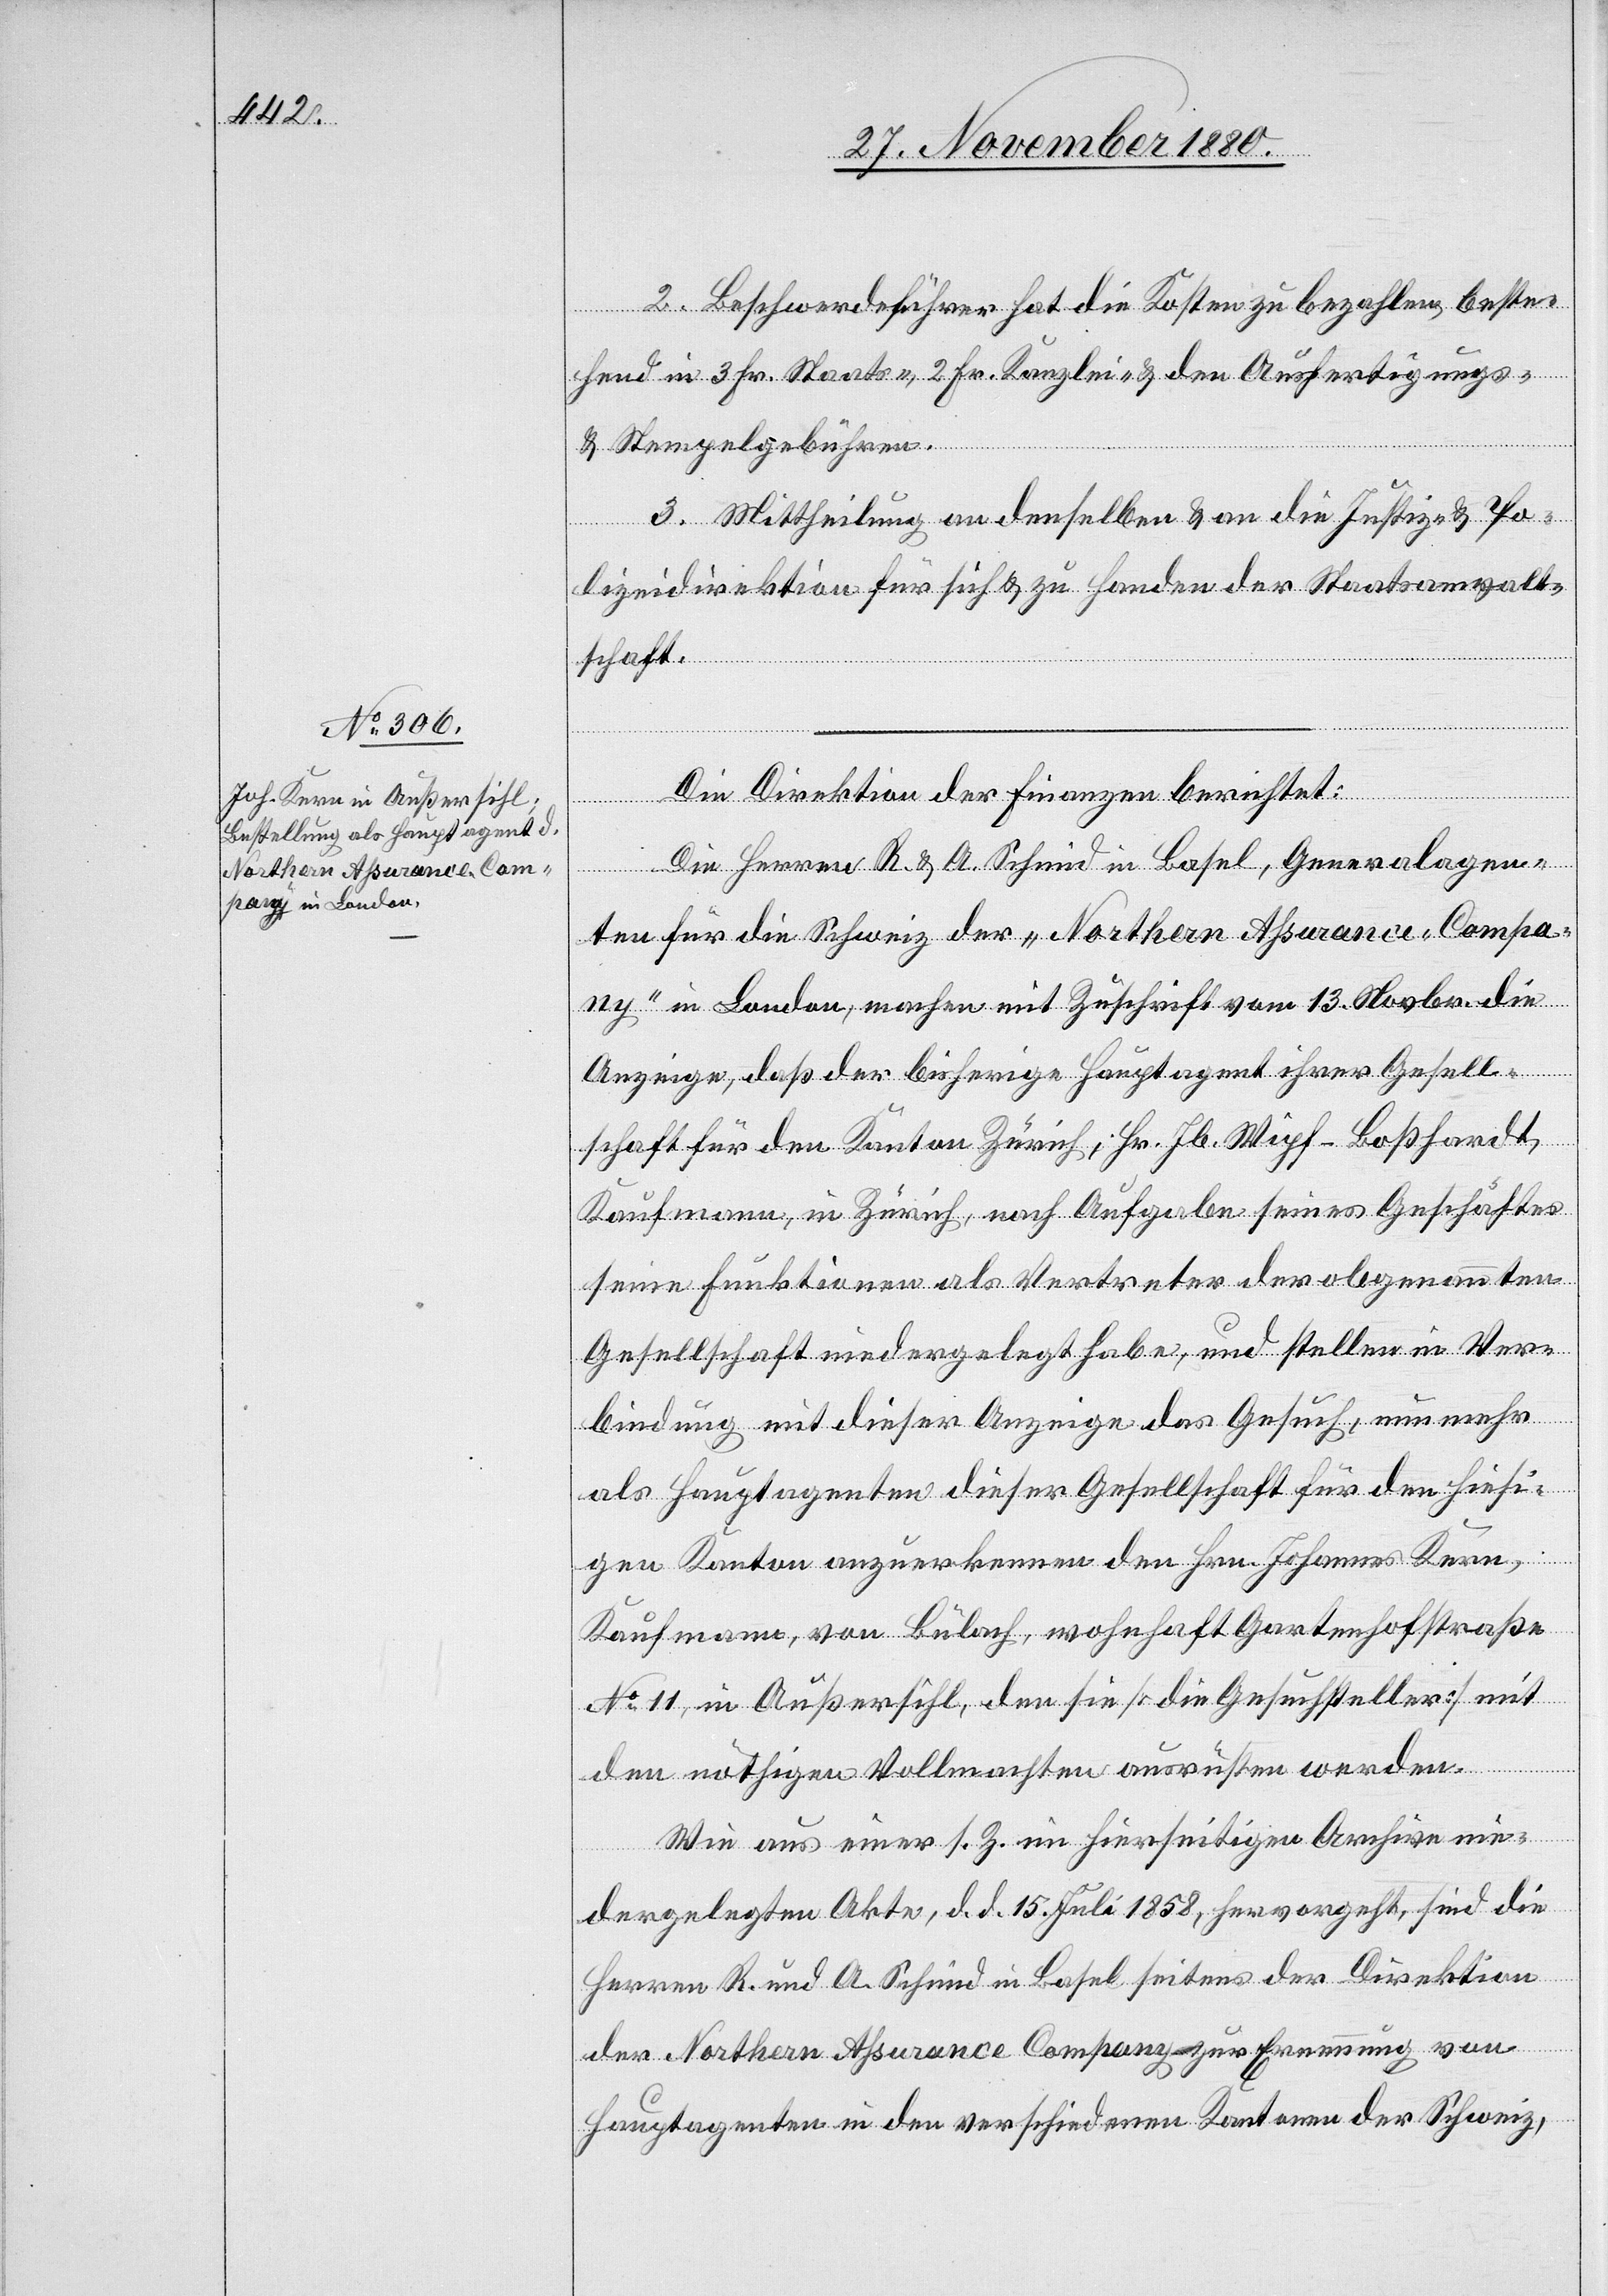
2. Beschwerdeführer hat die Kosten zu bezahlen, beste¬
hend in 3 Fr. Staats-, 2 Fr. Kanzlei- & den Ausfertigungs-
& Stempelgebühren.
3. Mittheilung an denselben & an die Justiz- & Po¬
lizeidirektion für sich & zu Handen der Staatsanwalt¬
schaft.
Die Direktion der Finanzen berichtet:
Die Herren R. & A. Schmid in Basel, Generalagen¬
ten für die Schweiz der „Northern Assurance-Compa¬
ny“ in London, machen mit Zuschrift vom 13. Novbr. die
Anzeige, daß der bisherige Hauptagent ihrer Gesell¬
schaft für den Kanton Zürich, Hr. Jb. Wipf-Boßhardt,
Kaufmann, in Zürich, nach Aufgaben seines Geschäftes
seine Funktionen als Vertreter der obgenannten
Gesellschaft niedergelegt habe, und stellen in Ver¬
bindung mit dieser Anzeige das Gesuch, nun mehr
als Hauptagenten dieser Gesellschaft für den hiesi¬
gen Kanton anzuerkennen den Hrn. Johannes Kern,
Kaufmann, von Bülach, wohnhaft Gartenhofstraße
No 11, in Außersihl, den sie [die Gesellschafter] mit
den nöthigen Vollmachten ausrüsten werden.
Wie aus einer s. Z. im hierseitigen Archive nie¬
dergelegten Akte, d. d. 15. Juli 1858, hervorgeht, sind die
Herren R. und A. Schmid in Basel seitens der Direktion
der Northern Assurance Company zur Erneuerung von
Hauptagenten in den verschiedenen Kantonen der Schweiz,